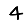
Digit: 4